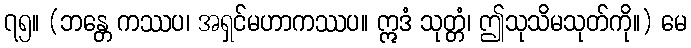
၇၅။ (ဘန္တေ ကဿပ၊ အရှင်မဟာကဿပ။ ဣဒံ သုတ္တံ၊ ဤသုသိမသုတ်ကို။) မေ